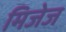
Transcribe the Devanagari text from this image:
मिजेज